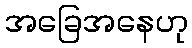
အခြေအနေဟု